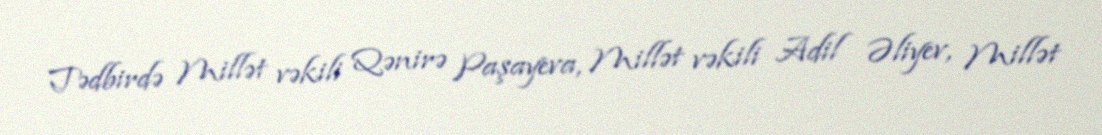
Tədbirdə Millət vəkili Qənirə Paşayeva, Millət vəkili Adil Əliyev, Millət